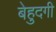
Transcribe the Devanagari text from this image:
बेहुदगी